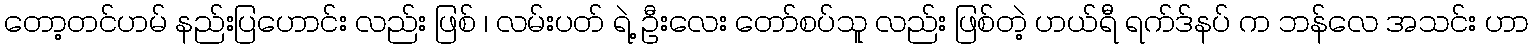
တော့တင်ဟမ် နည်းပြဟောင်း လည်း ဖြစ် ၊ လမ်းပတ် ရဲ့ ဦးလေး တော်စပ်သူ လည်း ဖြစ်တဲ့ ဟယ်ရီ ရက်ဒ်နပ် က ဘန်လေ အသင်း ဟာ